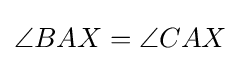
\angle BAX=\angle CAX